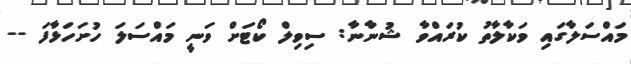
މައްސަލާގައި ވަކާލާތު ކުރައްވާ ޝުނާނާ: ސިވިލް ކޯޓަށް ވަނީ މައްސަލަ ހުށަހަޅާފަ --